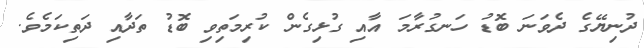
ދުނިޔޭގެ ދެވަނަ ބޮޑު ހަނގުރާމަ އާއި ގުޅިގެން ކުރިމަތިވި ބޮޑު ތަދާއި ދަތިކަމެވެ.